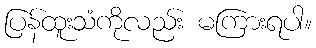
ပြန်ထူးသံကိုလည်း မကြားရပါ။